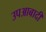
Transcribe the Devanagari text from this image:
उपआबादी